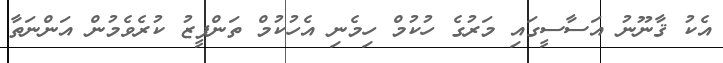
އެކު ޤާނޫނު އަސާސީގައި މަރުގެ ހުކުމް ހިމެނި އެހުކުމް ތަންފީޒު ކުރެވެމުން އަންނަތާ